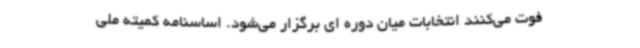
فوت می‌کنند انتخابات میان دوره ای برگزار می‌شود. اساسنامه کمیته ملی